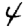
Digit: 4